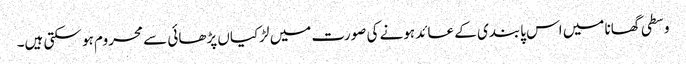
وسطی گھانا میں اس پابندی کے عائد ہونے کی صورت میں لڑکیاں پڑھائی سے محروم ہو سکتی ہیں۔